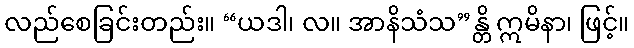
လည်စေခြင်းတည်း။ “ယဒါ၊ လ။ အာနိသံသ”န္တိ ဣမိနာ၊ ဖြင့်။